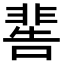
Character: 𩇸